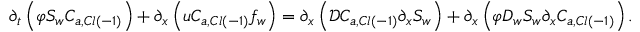
\partial _ { t } \left( \varphi S _ { w } C _ { a , C l \left( - 1 \right) } \right) + \partial _ { x } \left( u C _ { a , C l \left( - 1 \right) } f _ { w } \right) = \partial _ { x } \left( \mathcal { D } C _ { a , C l \left( - 1 \right) } \partial _ { x } S _ { w } \right) + \partial _ { x } \left( \varphi D _ { w } S _ { w } \partial _ { x } C _ { a , C l \left( - 1 \right) } \right) .